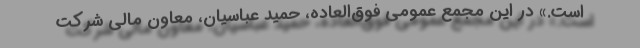
است.» در این مجمع عمومی فوق‌العاده، حمید عباسیان، معاون مالی شرکت